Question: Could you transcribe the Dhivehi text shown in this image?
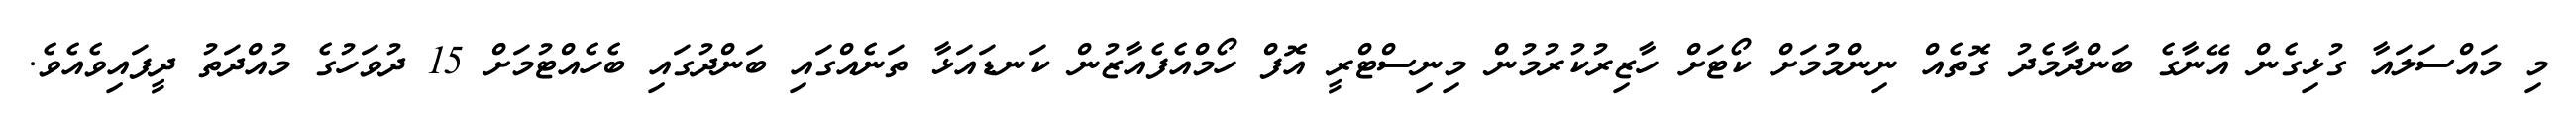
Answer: މި މައްސަލައާ ގުޅިގެން އޭނާގެ ބަންދާމެދު ގޮތެއް ނިންމުމަށް ކޯޓަށް ހާޒިރުކުރުމުން މިނިސްޓްރީ އޮފް ހޯމްއެފެއާޒުން ކަނޑައަޅާ ތަނެއްގައި ބަންދުގައި ބެހެއްޓުމަށް 15 ދުވަހުގެ މުއްދަތު ދީފައިވެއެވެ.